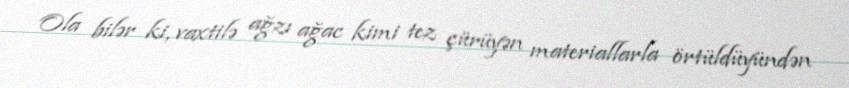
Ola bilər ki, vaxtilə ağzı ağac kimi tez çürüyən materiallarla örtüldüyündən